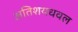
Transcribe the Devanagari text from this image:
अतिशयधवल